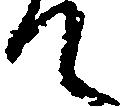
て